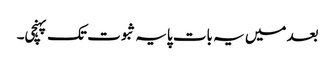
بعد میں یہ بات پایہ ثبوت تک پہنچی۔